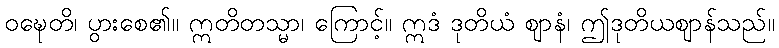
ဝဍ္ဎေတိ၊ ပွားစေ၏။ ဣတိတသ္မာ၊ ကြောင့်။ ဣဒံ ဒုတိယံ ဈာနံ၊ ဤဒုတိယဈာန်သည်။